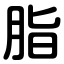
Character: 脂